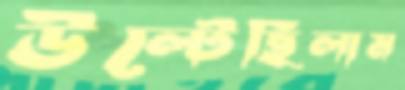
উল্‌টেছিলাম